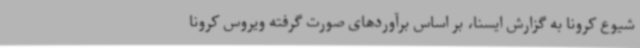
شیوع کرونا به گزارش ایسنا، بر اساس برآوردهای صورت گرفته ویروس کرونا